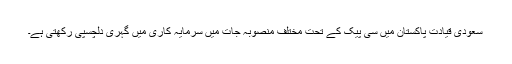
سعودی قیادت پاکستان میں سی پیک کے تحت مختلف منصوبہ جات میں سرمایہ کاری میں گہری دلچسپی رکھتی ہے۔